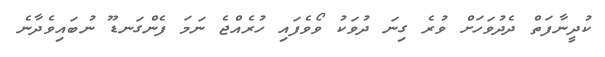
ކުދީނާފަތް ދެދުވަހަަށް ވުރެ ގިނަ ދުވަކު ވޯވެފައި ހުރެއްޖެ ނަމަ ފެންގަނޑޫ ނުބައިވެދާނެ